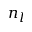
n _ { l }